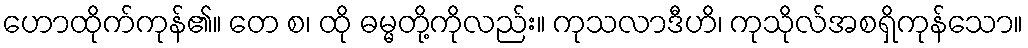
ဟောထိုက်ကုန်၏။ တေ စ၊ ထို ဓမ္မတို့ကိုလည်း။ ကုသလာဒီဟိ၊ ကုသိုလ်အစရှိကုန်သော။